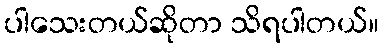
ပါသေးတယ်ဆိုတာ သိရပါတယ်။